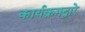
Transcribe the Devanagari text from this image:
कार्यक्रमद्वारे